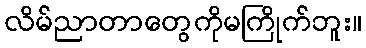
လိမ်ညာတာတွေကိုမကြိုက်ဘူး။